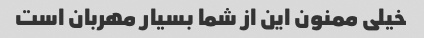
خیلی ممنون این از شما بسیار مهربان است